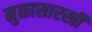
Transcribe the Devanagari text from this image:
मुळासारखी